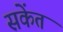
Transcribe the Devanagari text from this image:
सकेंत